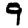
Digit: 9